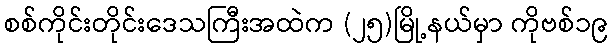
စစ်ကိုင်းတိုင်းဒေသကြီးအထဲက (၂၅)မြို့နယ်မှာ ကိုဗစ်၁၉